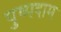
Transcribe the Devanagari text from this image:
पुष्पदाम